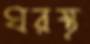
ঘরস্থ